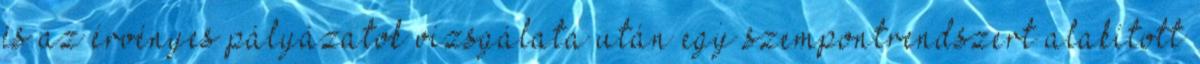
és az érvényes pályázatok vizsgálata után egy szempontrendszert alakított